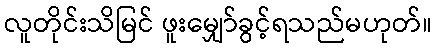
လူတိုင်းသိမြင် ဖူးမျှော်ခွင့်ရသည်မဟုတ်။